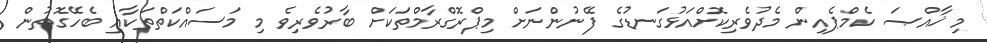
މި ޚާއްޞަ ކެމްޕެއިން މެދުވެރިކޮށްއަޅުގަނޑުގެ ފޭނުންނަށް މިޕްރޮގްރާމްތަކަށް ބާރުވެރިވެ މި މަސައްކަތްތަކާއި ބެހޭގޮތުން